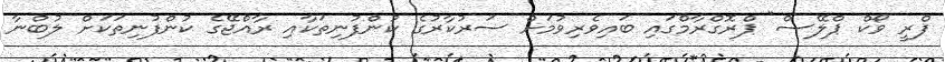
ފްރީ ވޯކް ޕްލޭސް" ޕްރޮގްރާމްގައި ބައިވެރިވުމަށް ސަރުކާރުގެ ކުންފުނިތަކާއި ރާއްޖޭގެ ކުންފުނިތަކަށް ލުބްނާ